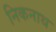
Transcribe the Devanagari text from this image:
निकनाथ